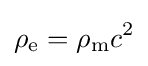
\rho _{\text{e}}=\rho _{\text{m}}c^{2}